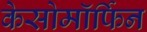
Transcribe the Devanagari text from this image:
केसोमॉर्फिन